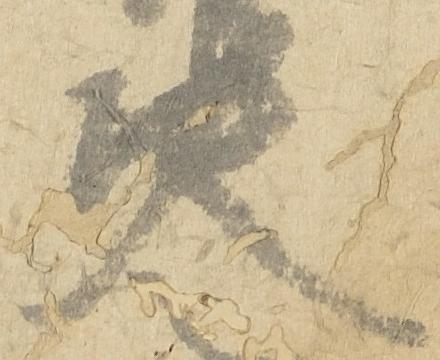
決